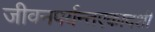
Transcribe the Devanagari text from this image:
जीवनपर्यन्तएकादशी